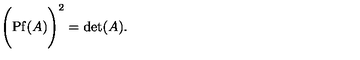
\Biggl ( \mathrm { P f } ( A ) \Biggr ) ^ { 2 } = \mathrm { d e t } ( A ) .